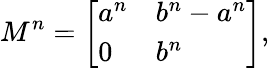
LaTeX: M^{n}={\left[\begin{array}{ll}{a^{n}}&{b^{n}-a^{n}}\\ {0}&{b^{n}}\end{array}\right]},